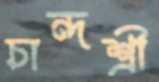
চান্দশ্রী